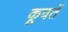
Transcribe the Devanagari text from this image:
कूवतें